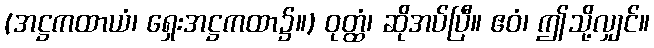
(အဋ္ဌကထာယံ၊ ရှေးအဋ္ဌကထာ၌။) ဝုတ္ထံ၊ ဆိုအပ်ပြီ။ ဧဝံ၊ ဤသို့လျှင်။